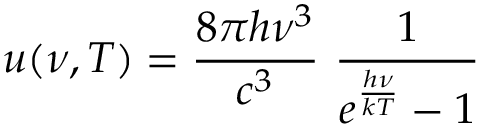
u ( \nu , T ) = { \frac { 8 \pi h \nu ^ { 3 } } { c ^ { 3 } } } ~ { \frac { 1 } { e ^ { \frac { h \nu } { k T } } - 1 } }